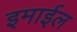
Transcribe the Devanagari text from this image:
इमाईल